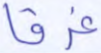
غرقا